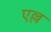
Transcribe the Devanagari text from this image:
एल्ल